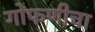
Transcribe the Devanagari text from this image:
गोफणीचा